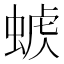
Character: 𧌭